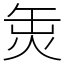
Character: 𤈣